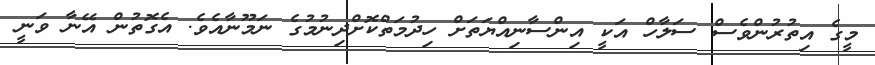
މީގެ އިތުރުންވެސް ސަލާހް އަކީ އިންސާނިއްޔަތަށް ހިދުމަތްކޮށްދިނުމުގެ ނަމޫނާއެވެ. އެގޮތުން އޭނާ ވަނީ